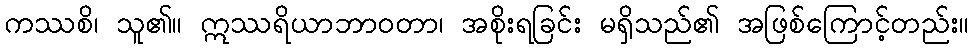
ကဿစိ၊ သူ၏။ ဣဿရိယာဘာဝတာ၊ အစိုးရခြင်း မရှိသည်၏ အဖြစ်ကြောင့်တည်း။